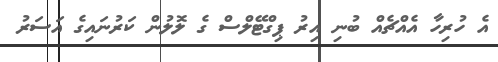
އެ ހުރިހާ އެއްޗެއް ބުނި އިރު ޕިގްޓޭލްސް ގެ ލޮލުން ކަރުނައިގެ އަސަރު